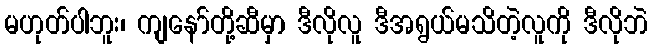
မဟုတ်ပါဘူး၊ ကျနော်တို့ဆီမှာ ဒီလိုလူ ဒီအရွယ်မသိတဲ့လူကို ဒီလိုဘဲ